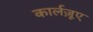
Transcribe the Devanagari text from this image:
कार्लज़ूए